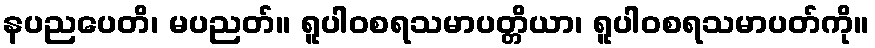
နပညပေတိ၊ မပညတ်။ ရူပါဝစရသမာပတ္တိယာ၊ ရူပါဝစရသမာပတ်ကို။